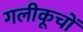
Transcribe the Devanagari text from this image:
गलीकूचों